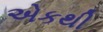
એકથી